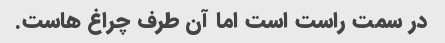
در سمت راست است اما آن طرف چراغ هاست.